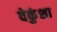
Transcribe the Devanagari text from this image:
वेकुंशा